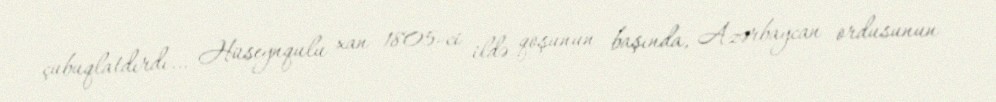
çubuqlatdırdı… Hüseynqulu xan 1805-ci ildə qoşunun başında, Azərbaycan ordusunun